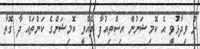
ށް ވިދާޅުވީ އެ ކޮމިޝަނުން އިސްތިއުފާ ދެއްވީ ކޮމިޝަންގެ ކަންތައް ދާ ގޮތާ